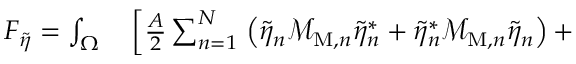
\begin{array} { r l } { F _ { \widetilde { \eta } } = \int _ { \Omega } } & { { } \left[ \frac { A } { 2 } \sum _ { n = 1 } ^ { N } \right. \left( \widetilde { \eta } _ { n } \mathcal { M } _ { \mathrm { M } , n } \widetilde { \eta } _ { n } ^ { * } + \widetilde { \eta } _ { n } ^ { * } \mathcal { M } _ { \mathrm { M } , n } \widetilde { \eta } _ { n } \right) + } \end{array}